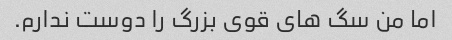
اما من سگ های قوی بزرگ را دوست ندارم.